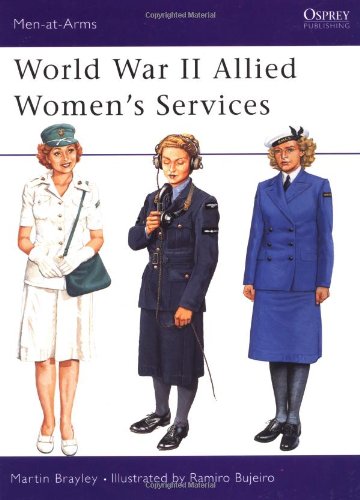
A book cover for World War II Allied Women's Services (Men-at-Arms); Martin Brayley; History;